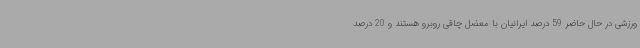
ورزشی در حال حاضر 59 درصد ایرانیان با معضل چاقی روبرو هستند و 20 درصد